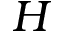
\cal { H }